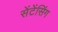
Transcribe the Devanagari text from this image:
सेंटेंसिंग